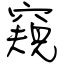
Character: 窺